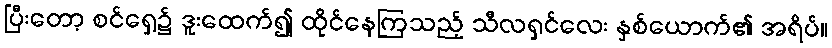
ပြီးတော့ စင်ရှေ့၌ ဒူးထေက်၍ ထိုင်နေကြသည့် သီလရှင်လေး နှစ်ယောက်၏ အရိပ်။